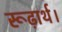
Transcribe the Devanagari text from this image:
रूढ़ार्थ।